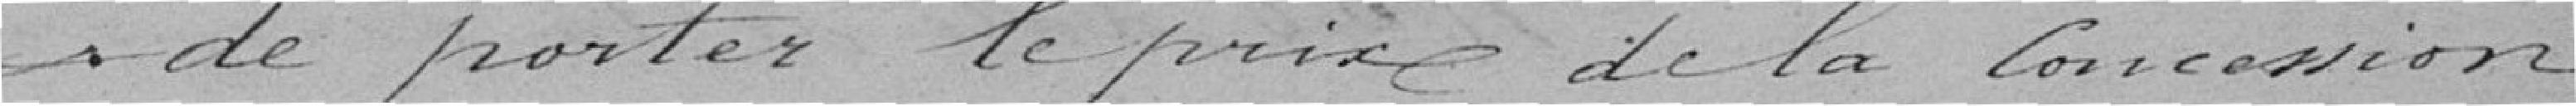
* de porter le prix de la concession